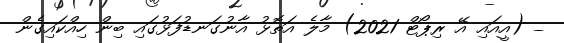
_ (އީއައި އޭ ރިޕޯޓް 2021) މާލެ އަތޮޅު އާނުގަނޑުފަޅުގައި ބިން ހިއްކައިގެން